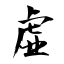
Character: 虚